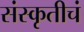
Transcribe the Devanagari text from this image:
संस्कृतीचं